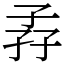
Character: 孨